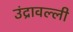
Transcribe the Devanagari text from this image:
उंद्रावल्ली